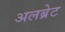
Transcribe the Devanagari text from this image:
अलब्रेट